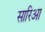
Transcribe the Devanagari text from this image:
सारिआ